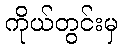
ကိုယ်တွင်းမှ